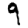
Digit: 9